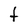
Character: t